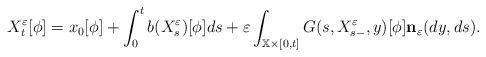
LaTeX: \begin{align*}X_{t}^{\varepsilon }[\phi ]=x_{0}[\phi ]+\int_{0}^{t}b(X_{s}^{\varepsilon})[\phi ]ds+\varepsilon \int_{\mathbb{X}\times \lbrack0,t]}G(s,X_{s-}^{\varepsilon },y)[\phi ]{\mathbf{n}}_{\varepsilon }(dy,ds).\end{align*}